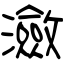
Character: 瀲